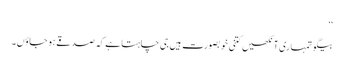
‘‘
بیگو تمہاری آنکھیں کتنی خوبصورت ہیں جی چاہتا ہے کہ صدقے ہو جاؤں۔